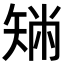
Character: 𥏟